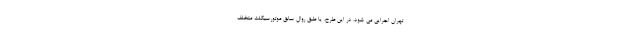
تهران اجرایی می شود. در این طرح، یا طبق روال سابق موتورسیکلت متخلف